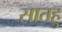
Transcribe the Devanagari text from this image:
सातहु